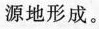
源地形成。